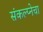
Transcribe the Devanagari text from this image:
संकल्प्नेचा